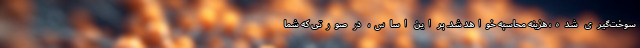
سوخت‌گیری شده، هزینه محاسبه خواهد شد. بر این اساس، در صورتی که شما